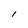
Character: l